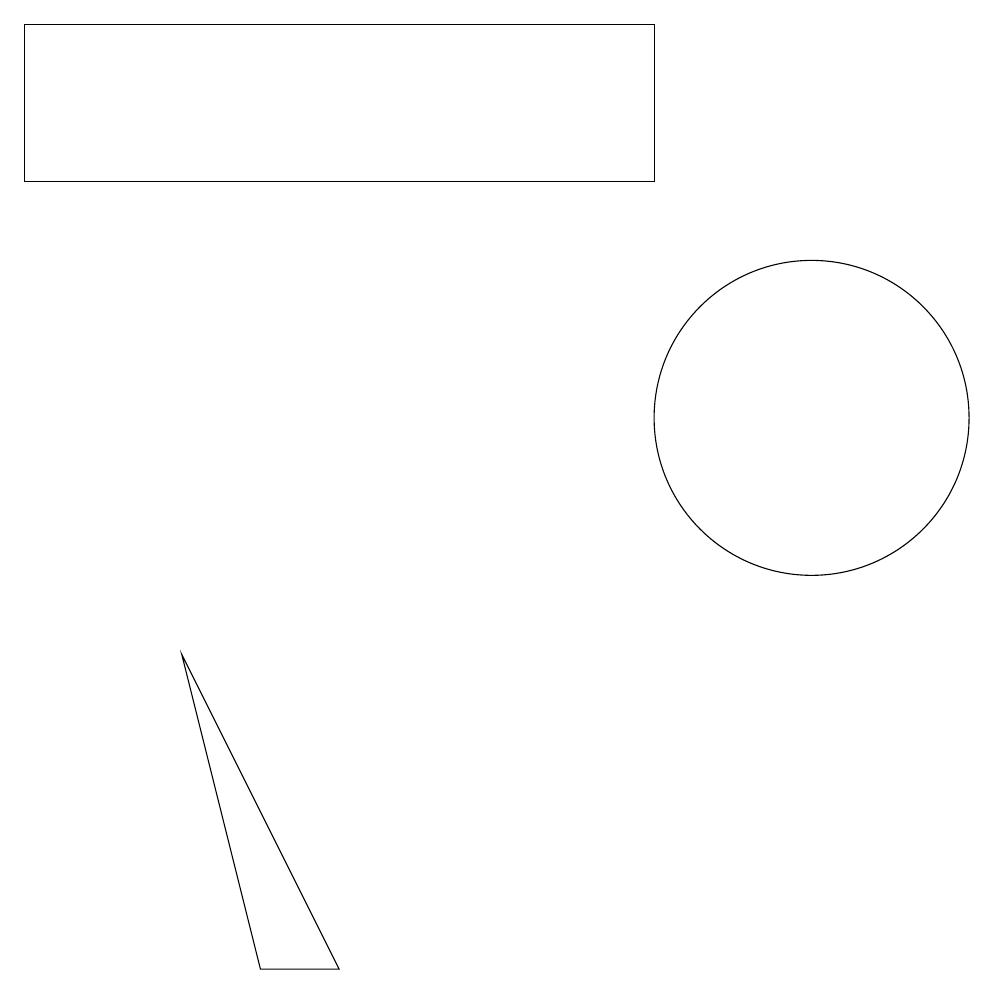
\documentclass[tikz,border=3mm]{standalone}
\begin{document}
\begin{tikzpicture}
\draw (2,7) -- (4,3) -- (3,3) -- cycle;
\draw (0,15) rectangle (8,13);
\draw (10,10) circle (2);
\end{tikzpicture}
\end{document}